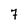
Character: 7